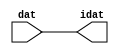

//------> /package/eda/mg/Catapult_10.3d/Mgc_home/pkgs/siflibs/ccs_in_v1.v 
//------------------------------------------------------------------------------
// Catapult Synthesis - Sample I/O Port Library
//
// Copyright (c) 2003-2017 Mentor Graphics Corp.
//       All Rights Reserved
//
// This document may be used and distributed without restriction provided that
// this copyright statement is not removed from the file and that any derivative
// work contains this copyright notice.
//
// The design information contained in this file is intended to be an example
// of the functionality which the end user may study in preparation for creating
// their own custom interfaces. This design does not necessarily present a 
// complete implementation of the named protocol or standard.
//
//------------------------------------------------------------------------------


module ccs_in_v1 (idat, dat);

  parameter integer rscid = 1;
  parameter integer width = 8;

  output [width-1:0] idat;
  input  [width-1:0] dat;

  wire   [width-1:0] idat;

  assign idat = dat;

endmodule


//------> /package/eda/mg/Catapult_10.3d/Mgc_home/pkgs/siflibs/ccs_out_v1.v 
//------------------------------------------------------------------------------
// Catapult Synthesis - Sample I/O Port Library
//
// Copyright (c) 2003-2015 Mentor Graphics Corp.
//       All Rights Reserved
//
// This document may be used and distributed without restriction provided that
// this copyright statement is not removed from the file and that any derivative
// work contains this copyright notice.
//
// The design information contained in this file is intended to be an example
// of the functionality which the end user may study in preparation for creating
// their own custom interfaces. This design does not necessarily present a 
// complete implementation of the named protocol or standard.
//
//------------------------------------------------------------------------------

module ccs_out_v1 (dat, idat);

  parameter integer rscid = 1;
  parameter integer width = 8;

  output   [width-1:0] dat;
  input    [width-1:0] idat;

  wire     [width-1:0] dat;

  assign dat = idat;

endmodule




//------> /package/eda/mg/Catapult_10.3d/Mgc_home/pkgs/siflibs/mgc_io_sync_v2.v 
//------------------------------------------------------------------------------
// Catapult Synthesis - Sample I/O Port Library
//
// Copyright (c) 2003-2017 Mentor Graphics Corp.
//       All Rights Reserved
//
// This document may be used and distributed without restriction provided that
// this copyright statement is not removed from the file and that any derivative
// work contains this copyright notice.
//
// The design information contained in this file is intended to be an example
// of the functionality which the end user may study in preparation for creating
// their own custom interfaces. This design does not necessarily present a 
// complete implementation of the named protocol or standard.
//
//------------------------------------------------------------------------------


module mgc_io_sync_v2 (ld, lz);
    parameter valid = 0;

    input  ld;
    output lz;

    wire   lz;

    assign lz = ld;

endmodule


//------> ./rtl.v 
// ----------------------------------------------------------------------
//  HLS HDL:        Verilog Netlister
//  HLS Version:    10.3d/815731 Production Release
//  HLS Date:       Wed Apr 24 14:54:19 PDT 2019
// 
//  Generated by:   695r48@cparch23.ecn.purdue.edu
//  Generated date: Tue Nov  9 15:13:29 2021
// ----------------------------------------------------------------------

// 
// ------------------------------------------------------------------
//  Design Unit:    fir_Altera_DIST_DIST_1R1W_RBW_rport_1_16_5_32_32_16_gen
// ------------------------------------------------------------------


module fir_Altera_DIST_DIST_1R1W_RBW_rport_1_16_5_32_32_16_gen (
  q, radr, radr_d, q_d, rport_r_ram_ir_internal_RMASK_B_d
);
  input [15:0] q;
  output [4:0] radr;
  input [4:0] radr_d;
  output [15:0] q_d;
  input rport_r_ram_ir_internal_RMASK_B_d;



  // Interconnect Declarations for Component Instantiations 
  assign q_d = q;
  assign radr = (radr_d);
endmodule

// ------------------------------------------------------------------
//  Design Unit:    fir_core_core_fsm
//  FSM Module
// ------------------------------------------------------------------


module fir_core_core_fsm (
  clk, rst, fsm_output, MAC_C_9_tr0
);
  input clk;
  input rst;
  output [11:0] fsm_output;
  reg [11:0] fsm_output;
  input MAC_C_9_tr0;


  // FSM State Type Declaration for fir_core_core_fsm_1
  parameter
    main_C_0 = 4'd0,
    MAC_C_0 = 4'd1,
    MAC_C_1 = 4'd2,
    MAC_C_2 = 4'd3,
    MAC_C_3 = 4'd4,
    MAC_C_4 = 4'd5,
    MAC_C_5 = 4'd6,
    MAC_C_6 = 4'd7,
    MAC_C_7 = 4'd8,
    MAC_C_8 = 4'd9,
    MAC_C_9 = 4'd10,
    main_C_1 = 4'd11;

  reg [3:0] state_var;
  reg [3:0] state_var_NS;


  // Interconnect Declarations for Component Instantiations 
  always @(*)
  begin : fir_core_core_fsm_1
    case (state_var)
      MAC_C_0 : begin
        fsm_output = 12'b000000000010;
        state_var_NS = MAC_C_1;
      end
      MAC_C_1 : begin
        fsm_output = 12'b000000000100;
        state_var_NS = MAC_C_2;
      end
      MAC_C_2 : begin
        fsm_output = 12'b000000001000;
        state_var_NS = MAC_C_3;
      end
      MAC_C_3 : begin
        fsm_output = 12'b000000010000;
        state_var_NS = MAC_C_4;
      end
      MAC_C_4 : begin
        fsm_output = 12'b000000100000;
        state_var_NS = MAC_C_5;
      end
      MAC_C_5 : begin
        fsm_output = 12'b000001000000;
        state_var_NS = MAC_C_6;
      end
      MAC_C_6 : begin
        fsm_output = 12'b000010000000;
        state_var_NS = MAC_C_7;
      end
      MAC_C_7 : begin
        fsm_output = 12'b000100000000;
        state_var_NS = MAC_C_8;
      end
      MAC_C_8 : begin
        fsm_output = 12'b001000000000;
        state_var_NS = MAC_C_9;
      end
      MAC_C_9 : begin
        fsm_output = 12'b010000000000;
        if ( MAC_C_9_tr0 ) begin
          state_var_NS = main_C_1;
        end
        else begin
          state_var_NS = MAC_C_0;
        end
      end
      main_C_1 : begin
        fsm_output = 12'b100000000000;
        state_var_NS = main_C_0;
      end
      // main_C_0
      default : begin
        fsm_output = 12'b000000000001;
        state_var_NS = MAC_C_0;
      end
    endcase
  end

  always @(posedge clk) begin
    if ( rst ) begin
      state_var <= main_C_0;
    end
    else begin
      state_var <= state_var_NS;
    end
  end

endmodule

// ------------------------------------------------------------------
//  Design Unit:    fir_core
// ------------------------------------------------------------------


module fir_core (
  clk, rst, coeffs_rsc_triosy_lz, in1_rsc_dat, in1_rsc_triosy_lz, out1_rsc_dat, out1_rsc_triosy_lz,
      coeffs_rsci_radr_d, coeffs_rsci_q_d, coeffs_rsci_rport_r_ram_ir_internal_RMASK_B_d
);
  input clk;
  input rst;
  output coeffs_rsc_triosy_lz;
  input [15:0] in1_rsc_dat;
  output in1_rsc_triosy_lz;
  output [15:0] out1_rsc_dat;
  output out1_rsc_triosy_lz;
  output [4:0] coeffs_rsci_radr_d;
  input [15:0] coeffs_rsci_q_d;
  output coeffs_rsci_rport_r_ram_ir_internal_RMASK_B_d;


  // Interconnect Declarations
  wire [15:0] in1_rsci_idat;
  reg [15:0] out1_rsci_idat;
  wire [11:0] fsm_output;
  wire and_dcpl_3;
  reg [2:0] MAC_i_5_3_sva_1;
  wire [3:0] nl_MAC_i_5_3_sva_1;
  reg reg_out1_rsc_triosy_obj_ld_cse;
  wire reg_out1_out1_and_cse;
  reg [1:0] MAC_i_5_3_sva_1_0;
  wire [29:0] z_out;
  wire [30:0] nl_z_out;
  wire [29:0] z_out_1;
  wire signed [31:0] nl_z_out_1;
  wire [29:0] z_out_2;
  wire signed [31:0] nl_z_out_2;
  reg [15:0] regs_15_sva;
  reg [15:0] regs_16_sva;
  reg [15:0] regs_14_sva;
  reg [15:0] regs_17_sva;
  reg [15:0] regs_13_sva;
  reg [15:0] regs_18_sva;
  reg [15:0] regs_12_sva;
  reg [15:0] regs_19_sva;
  reg [15:0] regs_11_sva;
  reg [15:0] regs_20_sva;
  reg [15:0] regs_10_sva;
  reg [15:0] regs_21_sva;
  reg [15:0] regs_9_sva;
  reg [15:0] regs_22_sva;
  reg [15:0] regs_8_sva;
  reg [15:0] regs_23_sva;
  reg [15:0] regs_7_sva;
  reg [15:0] regs_24_sva;
  reg [15:0] regs_6_sva;
  reg [15:0] regs_25_sva;
  reg [15:0] regs_5_sva;
  reg [15:0] regs_26_sva;
  reg [15:0] regs_4_sva;
  reg [15:0] regs_27_sva;
  reg [15:0] regs_3_sva;
  reg [15:0] regs_28_sva;
  reg [15:0] regs_2_sva;
  reg [15:0] regs_29_sva;
  reg [15:0] regs_1_sva;
  reg [15:0] regs_30_sva;
  reg [15:0] regs_0_sva;
  reg [15:0] regs_30_sva_1;
  reg [15:0] regs_29_sva_1;
  reg [15:0] regs_28_sva_1;
  reg [15:0] regs_27_sva_1;
  reg [15:0] regs_26_sva_1;
  reg [15:0] regs_25_sva_1;
  reg [15:0] regs_24_sva_1;
  reg [15:0] regs_23_sva_1;
  reg [15:0] regs_22_sva_1;
  reg [15:0] regs_21_sva_1;
  reg [15:0] regs_20_sva_1;
  reg [15:0] regs_19_sva_1;
  reg [15:0] regs_18_sva_1;
  reg [15:0] regs_17_sva_1;
  reg [15:0] regs_16_sva_1;
  reg [15:0] regs_15_sva_1;
  reg [15:0] regs_14_sva_1;
  reg [15:0] regs_13_sva_1;
  reg [15:0] regs_12_sva_1;
  reg [15:0] regs_11_sva_1;
  reg [15:0] regs_10_sva_1;
  reg [15:0] regs_9_sva_1;
  reg [15:0] regs_8_sva_1;
  reg [15:0] regs_7_sva_1;
  reg [15:0] regs_6_sva_1;
  reg [15:0] regs_5_sva_1;
  reg [15:0] regs_4_sva_1;
  reg [15:0] regs_3_sva_1;
  reg [15:0] regs_2_sva_1;
  reg [15:0] regs_1_sva_1;
  reg [15:0] regs_0_sva_1;
  reg [15:0] MAC_7_MAC_mux_itm;
  reg [15:0] MAC_8_MAC_mux_itm;
  reg [29:0] MAC_acc_7_itm;
  reg [15:0] MAC_1_MAC_mux_itm;
  reg [29:0] MAC_1_mul_itm;
  reg [15:0] MAC_2_MAC_mux_itm;
  reg [29:0] MAC_2_mul_itm;
  reg [15:0] MAC_3_MAC_mux_itm;
  reg [15:0] MAC_4_MAC_mux_itm;
  reg [15:0] MAC_5_MAC_mux_itm;
  reg [15:0] MAC_6_MAC_mux_itm;
  reg [29:0] MAC_acc_4_itm;
  wire [29:0] MAC_acc_3_mx0w1;
  wire [30:0] nl_MAC_acc_3_mx0w1;
  wire [29:0] acc_32_3_1_sva_3;
  wire [30:0] nl_acc_32_3_1_sva_3;

  wire[29:0] acc_mux1h_nl;
  wire[0:0] MAC_not_2_nl;
  wire[29:0] MAC_acc_9_nl;
  wire[30:0] nl_MAC_acc_9_nl;
  wire[2:0] coeffs_or_nl;
  wire[2:0] coeffs_nor_nl;
  wire[2:0] coeffs_mux1h_1_nl;
  wire[15:0] MAC_mux1h_7_nl;
  wire[15:0] MAC_mux1h_8_nl;

  // Interconnect Declarations for Component Instantiations 
  wire [0:0] nl_fir_core_core_fsm_inst_MAC_C_9_tr0;
  assign nl_fir_core_core_fsm_inst_MAC_C_9_tr0 = MAC_i_5_3_sva_1[2];
  ccs_in_v1 #(.rscid(32'sd2),
  .width(32'sd16)) in1_rsci (
      .dat(in1_rsc_dat),
      .idat(in1_rsci_idat)
    );
  ccs_out_v1 #(.rscid(32'sd3),
  .width(32'sd16)) out1_rsci (
      .idat(out1_rsci_idat),
      .dat(out1_rsc_dat)
    );
  mgc_io_sync_v2 #(.valid(32'sd0)) coeffs_rsc_triosy_obj (
      .ld(reg_out1_rsc_triosy_obj_ld_cse),
      .lz(coeffs_rsc_triosy_lz)
    );
  mgc_io_sync_v2 #(.valid(32'sd0)) in1_rsc_triosy_obj (
      .ld(reg_out1_rsc_triosy_obj_ld_cse),
      .lz(in1_rsc_triosy_lz)
    );
  mgc_io_sync_v2 #(.valid(32'sd0)) out1_rsc_triosy_obj (
      .ld(reg_out1_rsc_triosy_obj_ld_cse),
      .lz(out1_rsc_triosy_lz)
    );
  fir_core_core_fsm fir_core_core_fsm_inst (
      .clk(clk),
      .rst(rst),
      .fsm_output(fsm_output),
      .MAC_C_9_tr0(nl_fir_core_core_fsm_inst_MAC_C_9_tr0[0:0])
    );
  assign reg_out1_out1_and_cse = (fsm_output[10]) & (MAC_i_5_3_sva_1[2]);
  assign nl_MAC_acc_3_mx0w1 = MAC_1_mul_itm + MAC_2_mul_itm;
  assign MAC_acc_3_mx0w1 = nl_MAC_acc_3_mx0w1[29:0];
  assign nl_MAC_acc_9_nl = MAC_acc_7_itm + MAC_acc_3_mx0w1;
  assign MAC_acc_9_nl = nl_MAC_acc_9_nl[29:0];
  assign nl_acc_32_3_1_sva_3 = (MAC_acc_9_nl) + MAC_acc_4_itm;
  assign acc_32_3_1_sva_3 = nl_acc_32_3_1_sva_3[29:0];
  assign and_dcpl_3 = ~((fsm_output[11]) | (fsm_output[0]));
  assign coeffs_mux1h_1_nl = MUX1HOT_v_3_6_2(3'b001, 3'b010, 3'b011, 3'b100, 3'b101,
      3'b110, {(fsm_output[2]) , (fsm_output[3]) , (fsm_output[4]) , (fsm_output[5])
      , (fsm_output[6]) , (fsm_output[7])});
  assign coeffs_nor_nl = ~(MUX_v_3_2_2((coeffs_mux1h_1_nl), 3'b111, (fsm_output[8])));
  assign coeffs_or_nl = MUX_v_3_2_2((coeffs_nor_nl), 3'b111, (fsm_output[1]));
  assign coeffs_rsci_radr_d = {MAC_i_5_3_sva_1_0 , (coeffs_or_nl)};
  assign coeffs_rsci_rport_r_ram_ir_internal_RMASK_B_d = and_dcpl_3 & (fsm_output[10:9]==2'b00);
  always @(posedge clk) begin
    if ( rst ) begin
      out1_rsci_idat <= 16'b0000000000000000;
      regs_4_sva <= 16'b0000000000000000;
      regs_12_sva <= 16'b0000000000000000;
      regs_20_sva <= 16'b0000000000000000;
      regs_28_sva <= 16'b0000000000000000;
      regs_3_sva <= 16'b0000000000000000;
      regs_11_sva <= 16'b0000000000000000;
      regs_19_sva <= 16'b0000000000000000;
      regs_27_sva <= 16'b0000000000000000;
      regs_2_sva <= 16'b0000000000000000;
      regs_10_sva <= 16'b0000000000000000;
      regs_18_sva <= 16'b0000000000000000;
      regs_26_sva <= 16'b0000000000000000;
      regs_1_sva <= 16'b0000000000000000;
      regs_9_sva <= 16'b0000000000000000;
      regs_17_sva <= 16'b0000000000000000;
      regs_25_sva <= 16'b0000000000000000;
      regs_0_sva <= 16'b0000000000000000;
      regs_8_sva <= 16'b0000000000000000;
      regs_16_sva <= 16'b0000000000000000;
      regs_24_sva <= 16'b0000000000000000;
      regs_7_sva <= 16'b0000000000000000;
      regs_15_sva <= 16'b0000000000000000;
      regs_23_sva <= 16'b0000000000000000;
      regs_6_sva <= 16'b0000000000000000;
      regs_14_sva <= 16'b0000000000000000;
      regs_22_sva <= 16'b0000000000000000;
      regs_30_sva <= 16'b0000000000000000;
      regs_5_sva <= 16'b0000000000000000;
      regs_13_sva <= 16'b0000000000000000;
      regs_21_sva <= 16'b0000000000000000;
      regs_29_sva <= 16'b0000000000000000;
    end
    else if ( reg_out1_out1_and_cse ) begin
      out1_rsci_idat <= acc_32_3_1_sva_3[29:14];
      regs_4_sva <= regs_4_sva_1;
      regs_12_sva <= regs_12_sva_1;
      regs_20_sva <= regs_20_sva_1;
      regs_28_sva <= regs_28_sva_1;
      regs_3_sva <= regs_3_sva_1;
      regs_11_sva <= regs_11_sva_1;
      regs_19_sva <= regs_19_sva_1;
      regs_27_sva <= regs_27_sva_1;
      regs_2_sva <= regs_2_sva_1;
      regs_10_sva <= regs_10_sva_1;
      regs_18_sva <= regs_18_sva_1;
      regs_26_sva <= regs_26_sva_1;
      regs_1_sva <= regs_1_sva_1;
      regs_9_sva <= regs_9_sva_1;
      regs_17_sva <= regs_17_sva_1;
      regs_25_sva <= regs_25_sva_1;
      regs_0_sva <= regs_0_sva_1;
      regs_8_sva <= regs_8_sva_1;
      regs_16_sva <= regs_16_sva_1;
      regs_24_sva <= regs_24_sva_1;
      regs_7_sva <= regs_7_sva_1;
      regs_15_sva <= regs_15_sva_1;
      regs_23_sva <= regs_23_sva_1;
      regs_6_sva <= regs_6_sva_1;
      regs_14_sva <= regs_14_sva_1;
      regs_22_sva <= regs_22_sva_1;
      regs_30_sva <= regs_30_sva_1;
      regs_5_sva <= regs_5_sva_1;
      regs_13_sva <= regs_13_sva_1;
      regs_21_sva <= regs_21_sva_1;
      regs_29_sva <= regs_29_sva_1;
    end
  end
  always @(posedge clk) begin
    if ( rst ) begin
      MAC_i_5_3_sva_1_0 <= 2'b00;
    end
    else if ( (fsm_output[0]) | (fsm_output[10]) ) begin
      MAC_i_5_3_sva_1_0 <= MUX_v_2_2_2(2'b00, (MAC_i_5_3_sva_1[1:0]), (fsm_output[10]));
    end
  end
  always @(posedge clk) begin
    if ( rst ) begin
      regs_0_sva_1 <= 16'b0000000000000000;
    end
    else if ( ~ and_dcpl_3 ) begin
      regs_0_sva_1 <= in1_rsci_idat;
    end
  end
  always @(posedge clk) begin
    if ( rst ) begin
      reg_out1_rsc_triosy_obj_ld_cse <= 1'b0;
      MAC_8_MAC_mux_itm <= 16'b0000000000000000;
      MAC_1_mul_itm <= 30'b000000000000000000000000000000;
    end
    else begin
      reg_out1_rsc_triosy_obj_ld_cse <= reg_out1_out1_and_cse;
      MAC_8_MAC_mux_itm <= MUX_v_16_4_2(regs_6_sva, regs_14_sva, regs_22_sva, regs_30_sva,
          MAC_i_5_3_sva_1_0);
      MAC_1_mul_itm <= MUX_v_30_2_2(z_out_2, z_out_1, fsm_output[9]);
    end
  end
  always @(posedge clk) begin
    if ( rst ) begin
      regs_30_sva_1 <= 16'b0000000000000000;
    end
    else if ( ~ and_dcpl_3 ) begin
      regs_30_sva_1 <= regs_29_sva;
    end
  end
  always @(posedge clk) begin
    if ( rst ) begin
      regs_29_sva_1 <= 16'b0000000000000000;
    end
    else if ( ~ and_dcpl_3 ) begin
      regs_29_sva_1 <= regs_28_sva;
    end
  end
  always @(posedge clk) begin
    if ( rst ) begin
      regs_28_sva_1 <= 16'b0000000000000000;
    end
    else if ( ~ and_dcpl_3 ) begin
      regs_28_sva_1 <= regs_27_sva;
    end
  end
  always @(posedge clk) begin
    if ( rst ) begin
      regs_27_sva_1 <= 16'b0000000000000000;
    end
    else if ( ~ and_dcpl_3 ) begin
      regs_27_sva_1 <= regs_26_sva;
    end
  end
  always @(posedge clk) begin
    if ( rst ) begin
      regs_26_sva_1 <= 16'b0000000000000000;
    end
    else if ( ~ and_dcpl_3 ) begin
      regs_26_sva_1 <= regs_25_sva;
    end
  end
  always @(posedge clk) begin
    if ( rst ) begin
      regs_25_sva_1 <= 16'b0000000000000000;
    end
    else if ( ~ and_dcpl_3 ) begin
      regs_25_sva_1 <= regs_24_sva;
    end
  end
  always @(posedge clk) begin
    if ( rst ) begin
      regs_24_sva_1 <= 16'b0000000000000000;
    end
    else if ( ~ and_dcpl_3 ) begin
      regs_24_sva_1 <= regs_23_sva;
    end
  end
  always @(posedge clk) begin
    if ( rst ) begin
      regs_23_sva_1 <= 16'b0000000000000000;
    end
    else if ( ~ and_dcpl_3 ) begin
      regs_23_sva_1 <= regs_22_sva;
    end
  end
  always @(posedge clk) begin
    if ( rst ) begin
      regs_22_sva_1 <= 16'b0000000000000000;
    end
    else if ( ~ and_dcpl_3 ) begin
      regs_22_sva_1 <= regs_21_sva;
    end
  end
  always @(posedge clk) begin
    if ( rst ) begin
      regs_21_sva_1 <= 16'b0000000000000000;
    end
    else if ( ~ and_dcpl_3 ) begin
      regs_21_sva_1 <= regs_20_sva;
    end
  end
  always @(posedge clk) begin
    if ( rst ) begin
      regs_20_sva_1 <= 16'b0000000000000000;
    end
    else if ( ~ and_dcpl_3 ) begin
      regs_20_sva_1 <= regs_19_sva;
    end
  end
  always @(posedge clk) begin
    if ( rst ) begin
      regs_19_sva_1 <= 16'b0000000000000000;
    end
    else if ( ~ and_dcpl_3 ) begin
      regs_19_sva_1 <= regs_18_sva;
    end
  end
  always @(posedge clk) begin
    if ( rst ) begin
      regs_18_sva_1 <= 16'b0000000000000000;
    end
    else if ( ~ and_dcpl_3 ) begin
      regs_18_sva_1 <= regs_17_sva;
    end
  end
  always @(posedge clk) begin
    if ( rst ) begin
      regs_17_sva_1 <= 16'b0000000000000000;
    end
    else if ( ~ and_dcpl_3 ) begin
      regs_17_sva_1 <= regs_16_sva;
    end
  end
  always @(posedge clk) begin
    if ( rst ) begin
      regs_16_sva_1 <= 16'b0000000000000000;
    end
    else if ( ~ and_dcpl_3 ) begin
      regs_16_sva_1 <= regs_15_sva;
    end
  end
  always @(posedge clk) begin
    if ( rst ) begin
      regs_15_sva_1 <= 16'b0000000000000000;
    end
    else if ( ~ and_dcpl_3 ) begin
      regs_15_sva_1 <= regs_14_sva;
    end
  end
  always @(posedge clk) begin
    if ( rst ) begin
      regs_14_sva_1 <= 16'b0000000000000000;
    end
    else if ( ~ and_dcpl_3 ) begin
      regs_14_sva_1 <= regs_13_sva;
    end
  end
  always @(posedge clk) begin
    if ( rst ) begin
      regs_13_sva_1 <= 16'b0000000000000000;
    end
    else if ( ~ and_dcpl_3 ) begin
      regs_13_sva_1 <= regs_12_sva;
    end
  end
  always @(posedge clk) begin
    if ( rst ) begin
      regs_12_sva_1 <= 16'b0000000000000000;
    end
    else if ( ~ and_dcpl_3 ) begin
      regs_12_sva_1 <= regs_11_sva;
    end
  end
  always @(posedge clk) begin
    if ( rst ) begin
      regs_11_sva_1 <= 16'b0000000000000000;
    end
    else if ( ~ and_dcpl_3 ) begin
      regs_11_sva_1 <= regs_10_sva;
    end
  end
  always @(posedge clk) begin
    if ( rst ) begin
      regs_10_sva_1 <= 16'b0000000000000000;
    end
    else if ( ~ and_dcpl_3 ) begin
      regs_10_sva_1 <= regs_9_sva;
    end
  end
  always @(posedge clk) begin
    if ( rst ) begin
      regs_9_sva_1 <= 16'b0000000000000000;
    end
    else if ( ~ and_dcpl_3 ) begin
      regs_9_sva_1 <= regs_8_sva;
    end
  end
  always @(posedge clk) begin
    if ( rst ) begin
      regs_8_sva_1 <= 16'b0000000000000000;
    end
    else if ( ~ and_dcpl_3 ) begin
      regs_8_sva_1 <= regs_7_sva;
    end
  end
  always @(posedge clk) begin
    if ( rst ) begin
      regs_7_sva_1 <= 16'b0000000000000000;
    end
    else if ( ~ and_dcpl_3 ) begin
      regs_7_sva_1 <= regs_6_sva;
    end
  end
  always @(posedge clk) begin
    if ( rst ) begin
      regs_6_sva_1 <= 16'b0000000000000000;
    end
    else if ( ~ and_dcpl_3 ) begin
      regs_6_sva_1 <= regs_5_sva;
    end
  end
  always @(posedge clk) begin
    if ( rst ) begin
      regs_5_sva_1 <= 16'b0000000000000000;
    end
    else if ( ~ and_dcpl_3 ) begin
      regs_5_sva_1 <= regs_4_sva;
    end
  end
  always @(posedge clk) begin
    if ( rst ) begin
      regs_4_sva_1 <= 16'b0000000000000000;
    end
    else if ( ~ and_dcpl_3 ) begin
      regs_4_sva_1 <= regs_3_sva;
    end
  end
  always @(posedge clk) begin
    if ( rst ) begin
      regs_3_sva_1 <= 16'b0000000000000000;
    end
    else if ( ~ and_dcpl_3 ) begin
      regs_3_sva_1 <= regs_2_sva;
    end
  end
  always @(posedge clk) begin
    if ( rst ) begin
      regs_2_sva_1 <= 16'b0000000000000000;
    end
    else if ( ~ and_dcpl_3 ) begin
      regs_2_sva_1 <= regs_1_sva;
    end
  end
  always @(posedge clk) begin
    if ( rst ) begin
      regs_1_sva_1 <= 16'b0000000000000000;
    end
    else if ( ~ and_dcpl_3 ) begin
      regs_1_sva_1 <= regs_0_sva;
    end
  end
  always @(posedge clk) begin
    if ( rst ) begin
      MAC_acc_4_itm <= 30'b000000000000000000000000000000;
    end
    else if ( (fsm_output[0]) | (fsm_output[6]) | (fsm_output[8]) | (fsm_output[10])
        ) begin
      MAC_acc_4_itm <= MUX_v_30_2_2(30'b000000000000000000000000000000, (acc_mux1h_nl),
          (MAC_not_2_nl));
    end
  end
  always @(posedge clk) begin
    if ( rst ) begin
      MAC_i_5_3_sva_1 <= 3'b000;
    end
    else if ( fsm_output[1] ) begin
      MAC_i_5_3_sva_1 <= nl_MAC_i_5_3_sva_1[2:0];
    end
  end
  always @(posedge clk) begin
    if ( rst ) begin
      MAC_1_MAC_mux_itm <= 16'b0000000000000000;
    end
    else if ( fsm_output[1] ) begin
      MAC_1_MAC_mux_itm <= MUX_v_16_4_2(regs_0_sva_1, regs_7_sva, regs_15_sva, regs_23_sva,
          MAC_i_5_3_sva_1_0);
    end
  end
  always @(posedge clk) begin
    if ( rst ) begin
      MAC_2_MAC_mux_itm <= 16'b0000000000000000;
    end
    else if ( fsm_output[1] ) begin
      MAC_2_MAC_mux_itm <= MUX_v_16_4_2(regs_0_sva, regs_8_sva, regs_16_sva, regs_24_sva,
          MAC_i_5_3_sva_1_0);
    end
  end
  always @(posedge clk) begin
    if ( rst ) begin
      MAC_3_MAC_mux_itm <= 16'b0000000000000000;
    end
    else if ( fsm_output[1] ) begin
      MAC_3_MAC_mux_itm <= MUX_v_16_4_2(regs_1_sva, regs_9_sva, regs_17_sva, regs_25_sva,
          MAC_i_5_3_sva_1_0);
    end
  end
  always @(posedge clk) begin
    if ( rst ) begin
      MAC_4_MAC_mux_itm <= 16'b0000000000000000;
    end
    else if ( fsm_output[1] ) begin
      MAC_4_MAC_mux_itm <= MUX_v_16_4_2(regs_2_sva, regs_10_sva, regs_18_sva, regs_26_sva,
          MAC_i_5_3_sva_1_0);
    end
  end
  always @(posedge clk) begin
    if ( rst ) begin
      MAC_5_MAC_mux_itm <= 16'b0000000000000000;
    end
    else if ( fsm_output[1] ) begin
      MAC_5_MAC_mux_itm <= MUX_v_16_4_2(regs_3_sva, regs_11_sva, regs_19_sva, regs_27_sva,
          MAC_i_5_3_sva_1_0);
    end
  end
  always @(posedge clk) begin
    if ( rst ) begin
      MAC_6_MAC_mux_itm <= 16'b0000000000000000;
    end
    else if ( fsm_output[1] ) begin
      MAC_6_MAC_mux_itm <= MUX_v_16_4_2(regs_4_sva, regs_12_sva, regs_20_sva, regs_28_sva,
          MAC_i_5_3_sva_1_0);
    end
  end
  always @(posedge clk) begin
    if ( rst ) begin
      MAC_7_MAC_mux_itm <= 16'b0000000000000000;
    end
    else if ( fsm_output[1] ) begin
      MAC_7_MAC_mux_itm <= MUX_v_16_4_2(regs_5_sva, regs_13_sva, regs_21_sva, regs_29_sva,
          MAC_i_5_3_sva_1_0);
    end
  end
  always @(posedge clk) begin
    if ( rst ) begin
      MAC_2_mul_itm <= 30'b000000000000000000000000000000;
    end
    else if ( (fsm_output[2]) | (fsm_output[4]) | (fsm_output[6]) | (fsm_output[8])
        ) begin
      MAC_2_mul_itm <= MUX_v_30_2_2(z_out_1, z_out_2, fsm_output[8]);
    end
  end
  always @(posedge clk) begin
    if ( rst ) begin
      MAC_acc_7_itm <= 30'b000000000000000000000000000000;
    end
    else if ( fsm_output[4] ) begin
      MAC_acc_7_itm <= z_out;
    end
  end
  assign acc_mux1h_nl = MUX1HOT_v_30_3_2(MAC_acc_3_mx0w1, z_out, acc_32_3_1_sva_3,
      {(fsm_output[6]) , (fsm_output[8]) , (fsm_output[10])});
  assign MAC_not_2_nl = ~ (fsm_output[0]);
  assign nl_MAC_i_5_3_sva_1  = conv_u2u_2_3(MAC_i_5_3_sva_1_0) + 3'b001;
  assign nl_z_out = MAC_acc_3_mx0w1 + MAC_acc_4_itm;
  assign z_out = nl_z_out[29:0];
  assign MAC_mux1h_7_nl = MUX1HOT_v_16_4_2(MAC_8_MAC_mux_itm, MAC_6_MAC_mux_itm,
      MAC_4_MAC_mux_itm, MAC_1_MAC_mux_itm, {(fsm_output[2]) , (fsm_output[4]) ,
      (fsm_output[6]) , (fsm_output[9])});
  assign nl_z_out_1 = $signed((MAC_mux1h_7_nl)) * $signed((coeffs_rsci_q_d));
  assign z_out_1 = nl_z_out_1[29:0];
  assign MAC_mux1h_8_nl = MUX1HOT_v_16_4_2(MAC_2_MAC_mux_itm, MAC_7_MAC_mux_itm,
      MAC_5_MAC_mux_itm, MAC_3_MAC_mux_itm, {(fsm_output[8]) , (fsm_output[3]) ,
      (fsm_output[5]) , (fsm_output[7])});
  assign nl_z_out_2 = $signed((MAC_mux1h_8_nl)) * $signed((coeffs_rsci_q_d));
  assign z_out_2 = nl_z_out_2[29:0];

  function automatic [15:0] MUX1HOT_v_16_4_2;
    input [15:0] input_3;
    input [15:0] input_2;
    input [15:0] input_1;
    input [15:0] input_0;
    input [3:0] sel;
    reg [15:0] result;
  begin
    result = input_0 & {16{sel[0]}};
    result = result | ( input_1 & {16{sel[1]}});
    result = result | ( input_2 & {16{sel[2]}});
    result = result | ( input_3 & {16{sel[3]}});
    MUX1HOT_v_16_4_2 = result;
  end
  endfunction


  function automatic [29:0] MUX1HOT_v_30_3_2;
    input [29:0] input_2;
    input [29:0] input_1;
    input [29:0] input_0;
    input [2:0] sel;
    reg [29:0] result;
  begin
    result = input_0 & {30{sel[0]}};
    result = result | ( input_1 & {30{sel[1]}});
    result = result | ( input_2 & {30{sel[2]}});
    MUX1HOT_v_30_3_2 = result;
  end
  endfunction


  function automatic [2:0] MUX1HOT_v_3_6_2;
    input [2:0] input_5;
    input [2:0] input_4;
    input [2:0] input_3;
    input [2:0] input_2;
    input [2:0] input_1;
    input [2:0] input_0;
    input [5:0] sel;
    reg [2:0] result;
  begin
    result = input_0 & {3{sel[0]}};
    result = result | ( input_1 & {3{sel[1]}});
    result = result | ( input_2 & {3{sel[2]}});
    result = result | ( input_3 & {3{sel[3]}});
    result = result | ( input_4 & {3{sel[4]}});
    result = result | ( input_5 & {3{sel[5]}});
    MUX1HOT_v_3_6_2 = result;
  end
  endfunction


  function automatic [15:0] MUX_v_16_4_2;
    input [15:0] input_0;
    input [15:0] input_1;
    input [15:0] input_2;
    input [15:0] input_3;
    input [1:0] sel;
    reg [15:0] result;
  begin
    case (sel)
      2'b00 : begin
        result = input_0;
      end
      2'b01 : begin
        result = input_1;
      end
      2'b10 : begin
        result = input_2;
      end
      default : begin
        result = input_3;
      end
    endcase
    MUX_v_16_4_2 = result;
  end
  endfunction


  function automatic [1:0] MUX_v_2_2_2;
    input [1:0] input_0;
    input [1:0] input_1;
    input [0:0] sel;
    reg [1:0] result;
  begin
    case (sel)
      1'b0 : begin
        result = input_0;
      end
      default : begin
        result = input_1;
      end
    endcase
    MUX_v_2_2_2 = result;
  end
  endfunction


  function automatic [29:0] MUX_v_30_2_2;
    input [29:0] input_0;
    input [29:0] input_1;
    input [0:0] sel;
    reg [29:0] result;
  begin
    case (sel)
      1'b0 : begin
        result = input_0;
      end
      default : begin
        result = input_1;
      end
    endcase
    MUX_v_30_2_2 = result;
  end
  endfunction


  function automatic [2:0] MUX_v_3_2_2;
    input [2:0] input_0;
    input [2:0] input_1;
    input [0:0] sel;
    reg [2:0] result;
  begin
    case (sel)
      1'b0 : begin
        result = input_0;
      end
      default : begin
        result = input_1;
      end
    endcase
    MUX_v_3_2_2 = result;
  end
  endfunction


  function automatic [2:0] conv_u2u_2_3 ;
    input [1:0]  vector ;
  begin
    conv_u2u_2_3 = {1'b0, vector};
  end
  endfunction

endmodule

// ------------------------------------------------------------------
//  Design Unit:    fir
// ------------------------------------------------------------------


module fir (
  clk, rst, coeffs_rsc_radr, coeffs_rsc_q, coeffs_rsc_triosy_lz, in1_rsc_dat, in1_rsc_triosy_lz,
      out1_rsc_dat, out1_rsc_triosy_lz
);
  input clk;
  input rst;
  output [4:0] coeffs_rsc_radr;
  input [15:0] coeffs_rsc_q;
  output coeffs_rsc_triosy_lz;
  input [15:0] in1_rsc_dat;
  output in1_rsc_triosy_lz;
  output [15:0] out1_rsc_dat;
  output out1_rsc_triosy_lz;


  // Interconnect Declarations
  wire [4:0] coeffs_rsci_radr_d;
  wire [15:0] coeffs_rsci_q_d;
  wire coeffs_rsci_rport_r_ram_ir_internal_RMASK_B_d;


  // Interconnect Declarations for Component Instantiations 
  fir_Altera_DIST_DIST_1R1W_RBW_rport_1_16_5_32_32_16_gen coeffs_rsci (
      .q(coeffs_rsc_q),
      .radr(coeffs_rsc_radr),
      .radr_d(coeffs_rsci_radr_d),
      .q_d(coeffs_rsci_q_d),
      .rport_r_ram_ir_internal_RMASK_B_d(coeffs_rsci_rport_r_ram_ir_internal_RMASK_B_d)
    );
  fir_core fir_core_inst (
      .clk(clk),
      .rst(rst),
      .coeffs_rsc_triosy_lz(coeffs_rsc_triosy_lz),
      .in1_rsc_dat(in1_rsc_dat),
      .in1_rsc_triosy_lz(in1_rsc_triosy_lz),
      .out1_rsc_dat(out1_rsc_dat),
      .out1_rsc_triosy_lz(out1_rsc_triosy_lz),
      .coeffs_rsci_radr_d(coeffs_rsci_radr_d),
      .coeffs_rsci_q_d(coeffs_rsci_q_d),
      .coeffs_rsci_rport_r_ram_ir_internal_RMASK_B_d(coeffs_rsci_rport_r_ram_ir_internal_RMASK_B_d)
    );
endmodule